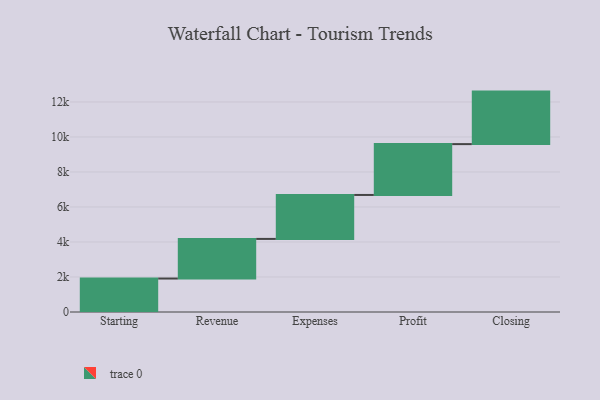
{"axis": {"x": "Step", "y": "Value"}, "legend": [""], "data": [{"x": "Starting", "y": 1912.0, "type": ""}, {"x": "Revenue", "y": 2264.0, "type": ""}, {"x": "Expenses", "y": 2511.0, "type": ""}, {"x": "Profit", "y": 2905.0, "type": ""}, {"x": "Closing", "y": 3000, "type": ""}]}